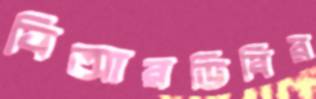
বিআরডিবির